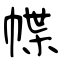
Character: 幉